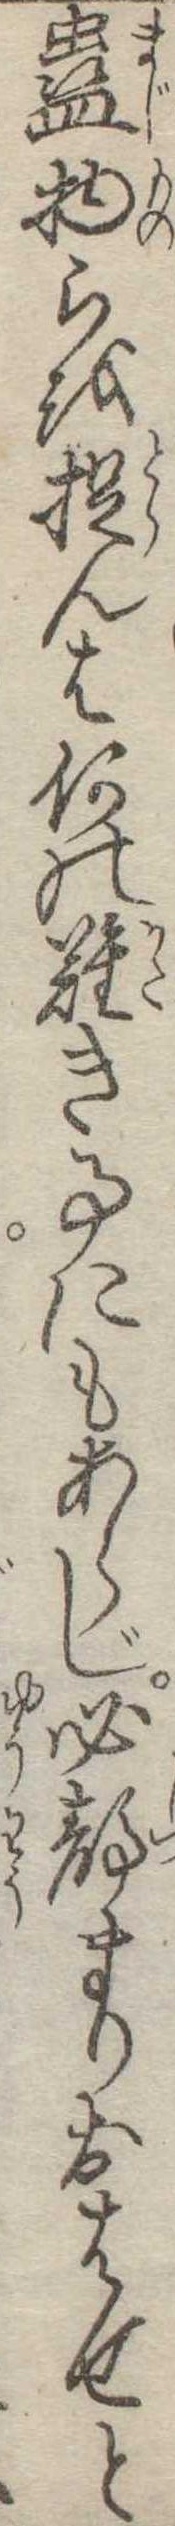
蠱物らを捉んは何の難き事にもあらじ必静まりおはせと